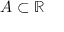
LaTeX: A \subset \mathbb { R }